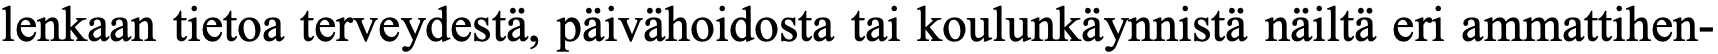
lenkaan tietoa terveydestä, päivähoidosta tai koulunkäynnistä näiltä eri ammattihen-